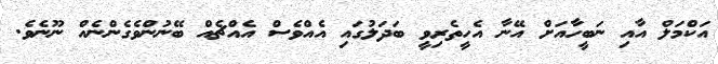
އަކްމަލް އާއި ނަބީހާއަށް އޭނާ އެހީތެރިވީ ބަދަލުގައި އެއްވެސް އެއްޗެއް ބޭނުންވެގެންނެއް ނޫނެވެ.